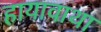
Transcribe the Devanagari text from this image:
हायावाथा